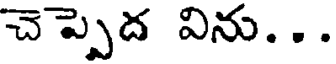
చెప్పెద విను...